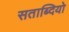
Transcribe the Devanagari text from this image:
सताब्दियो